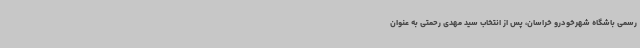
رسمی باشگاه شهرخودرو خراسان، پس از انتخاب سید مهدی رحمتی به عنوان